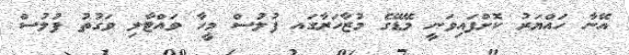
އޭނާ ހައްޔަރު ކޮށްފައިވަނީ މޭޑޭގެ މުޒާހަރާގައ ފުލުސް މީހާ ވައްޓާލި ވަގުތު ފުލުސް